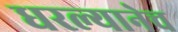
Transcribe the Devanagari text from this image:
धरल्यानेच